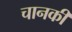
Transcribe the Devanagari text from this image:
चानकी